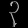
Digit: ၃